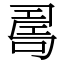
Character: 𠷎